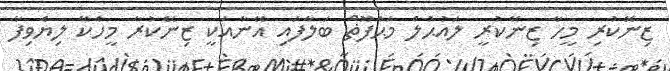
ޒިނޭކުރި މީހާ ޒިނޭކުރީ ލައުޙުލް މަޙްފޫޡް ބަލާފައި އޭނާއަކީ ޒިނޭކުރާ މީހެކޭ ލިޔެވިފާ